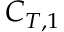
C _ { T , 1 }